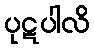
ပုဋပါလိ